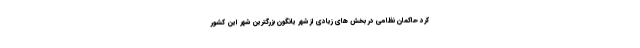
کرد حاکمان نظامی در بخش های زیادی از شهر یانگون بزرگترین شهر این کشور